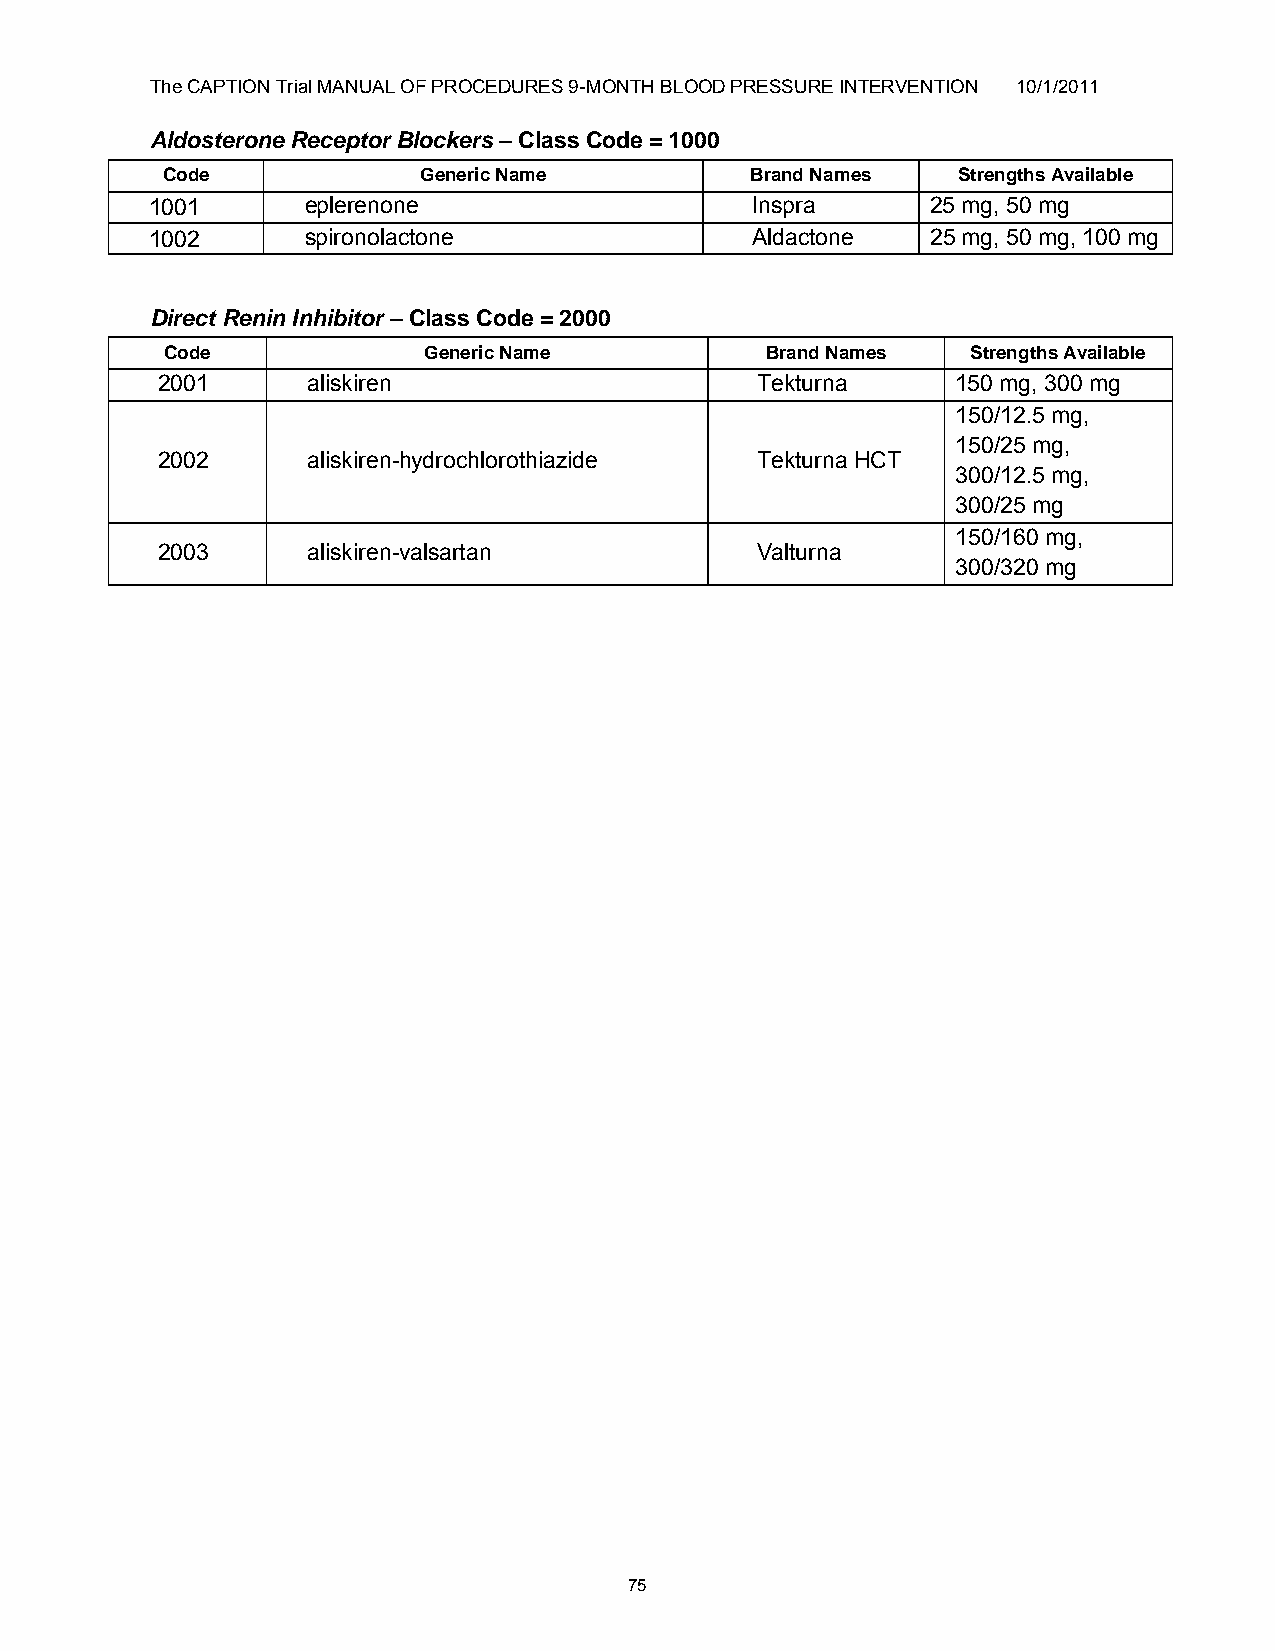
The CAPTION Trial MANUAL OF PROCEDURES 9-MONTH BLOOD PRESSURE INTERVENTION 10/1/2011
 Aldosterone Receptor Blockers – Class Code = 1000
 Code             Generic Name          Brand Names  Strengths Available
 1001      eplerenone                    Inspra      25 mg, 50 mg
 1002      spironolactone                Aldactone   25 mg, 50 mg, 100 mg
 Direct Renin Inhibitor – Class Code = 2000
 Code             Generic Name           Brand Names  Strengths Available
 2001      aliskiren                     Tekturna     150 mg, 300 mg
 150/12.5 mg,
 150/25 mg,
 2002      aliskiren-hydrochlorothiazide Tekturna HCT
 300/12.5 mg,
 300/25 mg
 150/160 mg,
 2003      aliskiren-valsartan           Valturna
 300/320 mg
 75